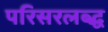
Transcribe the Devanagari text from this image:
परिसरलब्द्ध